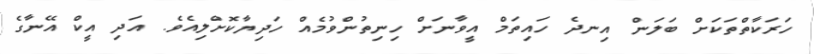
ހަރަކާތްތަކަށް ބަލަން އިނދެ ހައިތަމް އީވާނަށް ހިނިތުންވުމެއް ހަދިޔާކޮށްލިއެވެ. އަދި އީކް އޭނާގެ